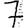
Digit: 7